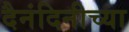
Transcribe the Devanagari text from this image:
दैनंदिनीच्या